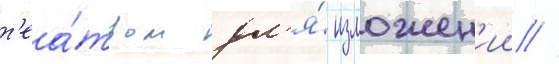
т'еа́тром дл'я́ изложен'ии //